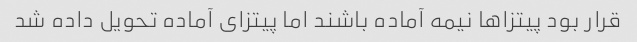
قرار بود پیتزاها نیمه آماده باشند اما پیتزای آماده تحویل داده شد